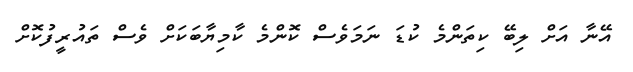
އޭނާ އަށް ލިބޭ ކިތަންމެ ކުޑަ ނަމަވެސް ކޮންމެ ކާމިޔާބަކަށް ވެސް ތައުރީފުކޮށް